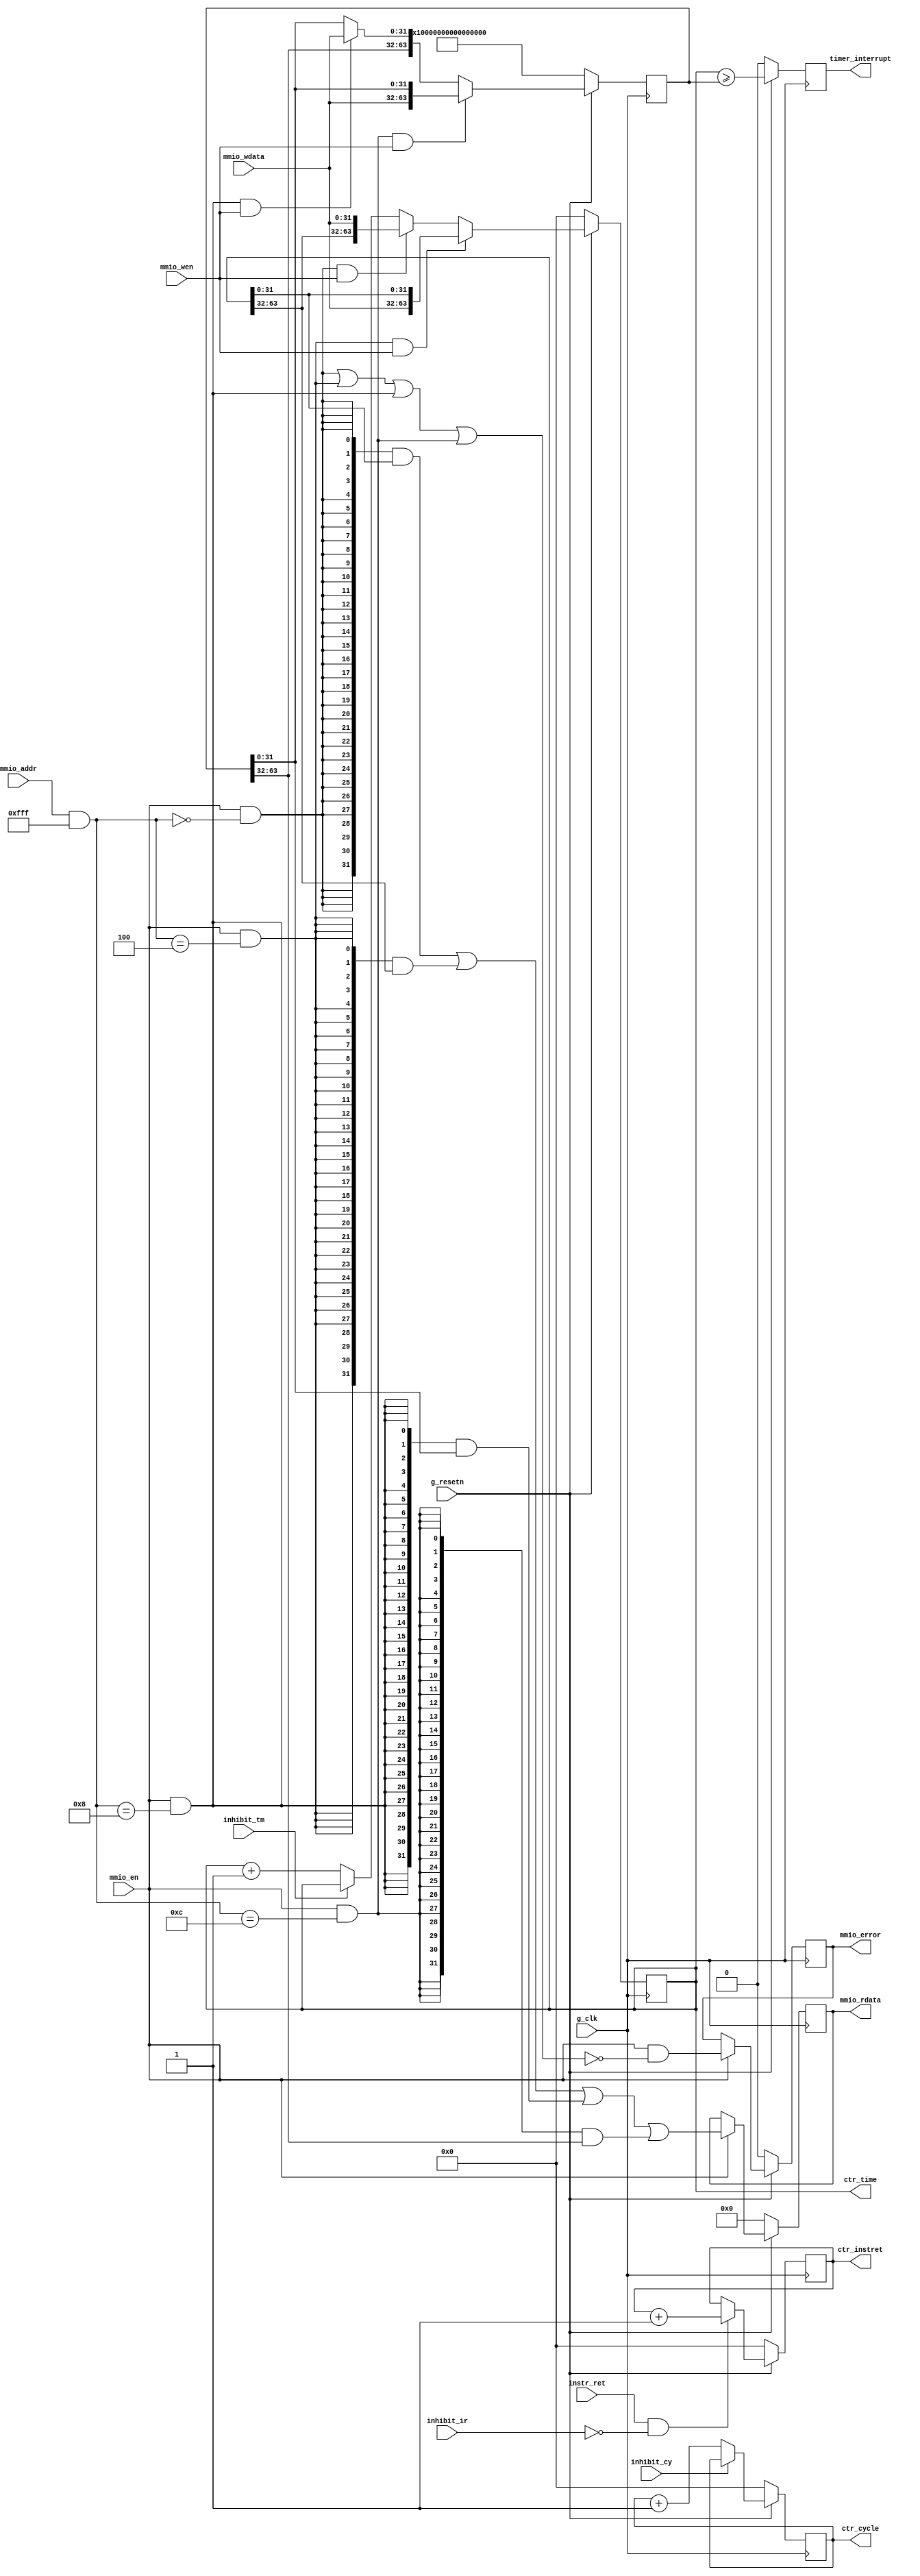

//
// module: frv_counters
//
//  Responsible for all performance counters and timers.
//
module frv_counters (

input              g_clk            , // global clock
input              g_resetn         , // synchronous reset
                                
input              instr_ret        , // Instruction retired.
output reg         timer_interrupt  , // Raise a timer interrupt

output wire [63:0] ctr_time         , // The time counter value.
output reg  [63:0] ctr_cycle        , // The cycle counter value.
output reg  [63:0] ctr_instret      , // The instret counter value.

input  wire        inhibit_cy       , // Stop cycle counter incrementing.
input  wire        inhibit_tm       , // Stop time counter incrementing.
input  wire        inhibit_ir       , // Stop instret incrementing.

input  wire        mmio_en          , // MMIO enable
input  wire        mmio_wen         , // MMIO write enable
input  wire [31:0] mmio_addr        , // MMIO address
input  wire [31:0] mmio_wdata       , // MMIO write data
output reg  [31:0] mmio_rdata       , // MMIO read data
output reg         mmio_error         // MMIO error

);

// Base address of the memory mapped IO region.
parameter   MMIO_BASE_ADDR        = 32'h0000_1000;
parameter   MMIO_BASE_MASK        = 32'hFFFF_F000;

// Base address of the MTIME memory mapped register.
localparam  MMIO_MTIME_ADDR       = MMIO_BASE_ADDR;
localparam  MMIO_MTIME_ADDR_HI    = MMIO_MTIME_ADDR+4;

// Base address of the MTIMECMP memory mapped register.
localparam  MMIO_MTIMECMP_ADDR    = MMIO_BASE_ADDR + 8;
localparam  MMIO_MTIMECMP_ADDR_HI = MMIO_MTIMECMP_ADDR+4;

// Reset value of the MTIMECMP register.
parameter   MMIO_MTIMECMP_RESET   = -1;

// ---------------------- Memory mapped registers -----------------------

wire    addr_mtime_lo    = mmio_en &&
    (mmio_addr& ~MMIO_BASE_MASK)==(MMIO_MTIME_ADDR & ~MMIO_BASE_MASK);

wire    addr_mtime_hi    = mmio_en &&
    (mmio_addr& ~MMIO_BASE_MASK)==(MMIO_MTIME_ADDR_HI & ~MMIO_BASE_MASK);

wire    addr_mtimecmp_lo = mmio_en &&
    (mmio_addr& ~MMIO_BASE_MASK)==(MMIO_MTIMECMP_ADDR & ~MMIO_BASE_MASK);

wire    addr_mtimecmp_hi = mmio_en &&
    (mmio_addr& ~MMIO_BASE_MASK)==(MMIO_MTIMECMP_ADDR_HI & ~MMIO_BASE_MASK);

reg  [63:0] mapped_mtime;
reg  [63:0] mapped_mtimecmp;

wire [63:0] n_mapped_mtime = mapped_mtime + 1;

wire n_timer_interrupt = mapped_mtime >= mapped_mtimecmp;

wire wr_mtime_hi = addr_mtime_hi && mmio_wen;
wire wr_mtime_lo = addr_mtime_lo && mmio_wen;

always @(posedge g_clk) begin
    if(!g_resetn) begin
        mapped_mtime <= 0;
    end else if(wr_mtime_hi) begin
        mapped_mtime <= {mmio_wdata, mapped_mtime[31:0]};
    end else if(wr_mtime_lo) begin
        mapped_mtime <= {mapped_mtime[63:32], mmio_wdata};
    end else if(!inhibit_tm) begin
        mapped_mtime <= n_mapped_mtime;
    end
end

always @(posedge g_clk) begin
    if(!g_resetn) begin
        timer_interrupt <= 0;
    end else begin
        timer_interrupt <= n_timer_interrupt;
    end
end

wire wr_mtimecmp_hi = addr_mtimecmp_hi && mmio_wen;
wire wr_mtimecmp_lo = addr_mtimecmp_lo && mmio_wen;

always @(posedge g_clk) begin
    if(!g_resetn) begin
        
        mapped_mtimecmp <= MMIO_MTIMECMP_RESET;

    end else if(wr_mtimecmp_hi) begin
        
        mapped_mtimecmp <= {mmio_wdata[31:0], mapped_mtimecmp[31:0]};

    end else if(wr_mtimecmp_lo) begin
        
        mapped_mtimecmp <= {mapped_mtimecmp[63:32], mmio_wdata[31:0]};

    end
end


// ---------------------- MMIO Bus Reads --------------------------------

wire [31:0] n_mmio_rdata =
    {32{addr_mtime_lo   }} & mapped_mtime   [31: 0] |
    {32{addr_mtime_hi   }} & mapped_mtime   [63:32] |
    {32{addr_mtimecmp_lo}} & mapped_mtimecmp[31: 0] |
    {32{addr_mtimecmp_hi}} & mapped_mtimecmp[63:32] ;
        
wire        n_mmio_error = mmio_en && !(
    addr_mtime_lo       ||
    addr_mtime_hi       ||
    addr_mtimecmp_lo    ||
    addr_mtimecmp_hi    
);

always @(posedge g_clk) begin
    if(!g_resetn) begin
        mmio_error <=  1'b0;
        mmio_rdata <= 32'b0;
    end else if(mmio_en) begin
        mmio_error <= n_mmio_error;
        mmio_rdata <= n_mmio_rdata;
    end
end


// ---------------------- CSR registers ---------------------------------

//
// time register
//

assign ctr_time = mapped_mtime;


//
// instret register
//

wire [63:0] n_ctr_instret = ctr_instret + 1;

always @(posedge g_clk) begin
    if(!g_resetn) begin
    
        ctr_instret <= 0;

    end else if(instr_ret && !inhibit_ir) begin
        
        ctr_instret <= n_ctr_instret;

    end
end

//
// Cycle counter register
//

wire [63:0] n_ctr_cycle = ctr_cycle + 1;

always @(posedge g_clk) begin
    if(!g_resetn) begin
        ctr_cycle <= 0;
    end else if(!inhibit_cy) begin
        ctr_cycle <= n_ctr_cycle;
    end
end

endmodule